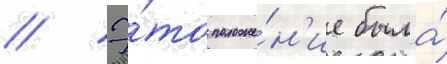
// Э́то положе́н'ие была́